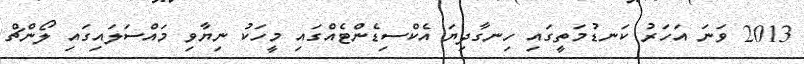
2013 ވަނަ އަހަރު ކަނޑުމަތީގައި ހިނގާދިޔަ އެކްސިޑެންޓެއްގައި މީހަކު ނިޔާވި މައްސަލައިގައި ލޯންޗް